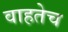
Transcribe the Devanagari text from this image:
वाहतेच